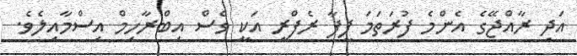
އަދި ރާއްޖޭގެ އެންމެ ފުރަތަމަ ފީފާ ރެފްރީ އަކީ ވެސް އިބްރާހިމް އިސްމާއިލެވެ.